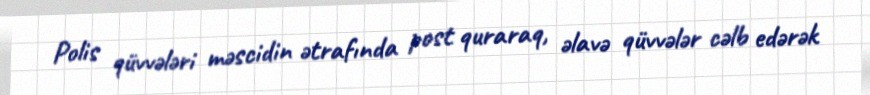
Polis qüvvələri məscidin ətrafında post quraraq, əlavə qüvvələr cəlb edərək